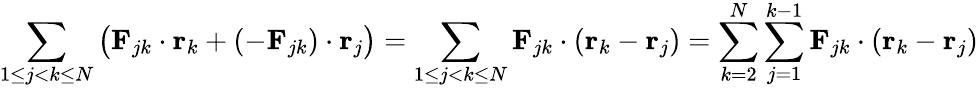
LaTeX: \sum_{1\leq j<k\leq N}{\bigl(}\mathbf{F}_{jk}\cdot\mathbf{r}_{k}+\left(-\mathbf{F}_{jk}\right)\cdot\mathbf{r}_{j}{\bigr)}=\sum_{1\leq j<k\leq N}\mathbf{F}_{jk}\cdot\left(\mathbf{r}_{k}-\mathbf{r}_{j}\right)=\sum_{k=2}^{N}\sum_{j=1}^{k-1}\mathbf{F}_{jk}\cdot\left(\mathbf{r}_{k}-\mathbf{r}_{j}\right)